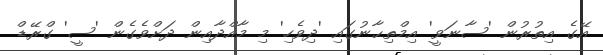
އޭގެ އިތުރުން 'ސާނަވީ' އިމްތިޙާނުގައި 'ދިވެހި' މި މާއްދާއިން ދަށްވެގެން 'ސީ' ގްރޭޑް